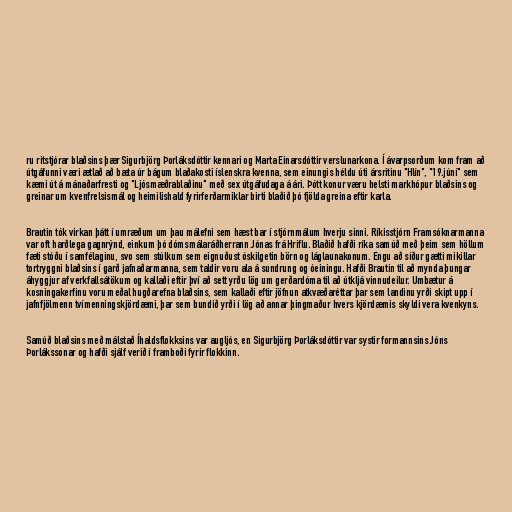
ru ritstjórar blaðsins þær Sigurbjörg Þorláksdóttir kennari og Marta Einarsdóttir verslunarkona. Í ávarpsorðum kom fram að
útgáfunni væri ætlað að bæta úr bágum blaðakosti íslenskra kvenna, sem einungis héldu úti ársritinu "Hlín", "19.júní" sem
kæmi út á mánaðarfresti og "Ljósmæðrablaðinu" með sex útgáfudaga á ári. Þótt konur væru helsti markhópur blaðsins og
greinar um kvenfrelsismál og heimilishald fyrirferðarmiklar birti blaðið þó fjölda greina eftir karla.

Brautin tók virkan þátt í umræðum um þau málefni sem hæst bar í stjórnmálum hverju sinni. Ríkisstjórn Framsóknarmanna
var oft harðlega gagnrýnd, einkum þó dómsmálaráðherrann Jónas frá Hriflu. Blaðið hafði ríka samúð með þeim sem höllum
fæti stóðu í samfélaginu, svo sem stúlkum sem eignuðust óskilgetin börn og láglaunakonum. Engu að síður gætti mikillar
tortryggni blaðsins í garð jafnaðarmanna, sem taldir voru ala á sundrung og óeiningu. Hafði Brautin til að mynda þungar
áhyggjur af verkfallsátökum og kallaði eftir því að sett yrðu lög um gerðardóma til að útkljá vinnudeilur. Umbætur á
kosningakerfinu voru meðal hugðarefna blaðsins, sem kallaði eftir jöfnun atkvæðaréttar þar sem landinu yrði skipt upp í
jafnfjölmenn tvímenningskjördæmi, þar sem bundið yrði í lög að annar þingmaður hvers kjördæmis skyldi vera kvenkyns.

Samúð blaðsins með málstað Íhaldsflokksins var augljós, en Sigurbjörg Þorláksdóttir var systir formannsins Jóns
Þorlákssonar og hafði sjálf verið í framboði fyrir flokkinn.